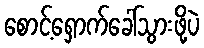
စောင့်ရှောက်ခေါ်သွားဖို့ပဲ